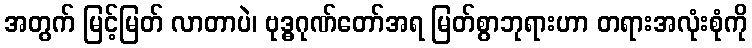
အတွက် မြင့်မြတ် လာတာပဲ၊ ဗုဒ္ဓဂုဏ်တော်အရ မြတ်စွာဘုရားဟာ တရားအလုံးစုံကို